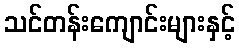
သင်တန်းကျောင်းများနှင့်